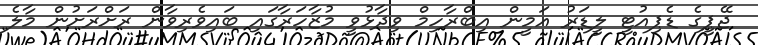
ޖޭޕީގެ ޑެޕިއުޓީ ލީޑަރު އަމީން އިބްރާހިމް ވިދާޅުވީ މުޒާހަރާގައި ބައިވެރިވާން ރަށްރަށުން މާލެ